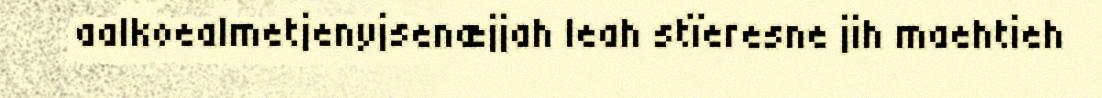
aalkoealmetjenyjsenæjjah leah stïeresne jih maehtieh